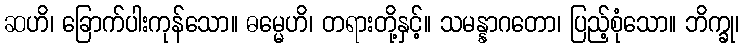
ဆဟိ၊ ခြောက်ပါးကုန်သော။ ဓမ္မေဟိ၊ တရားတို့နှင့်။ သမန္နာဂတော၊ ပြည့်စုံသော။ ဘိက္ခု၊